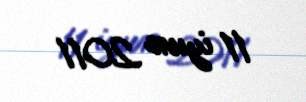
11 iyun 2011